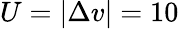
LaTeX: U=|\Delta v|=10